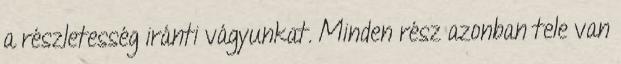
a részletesség iránti vágyunkat. Minden rész azonban tele van